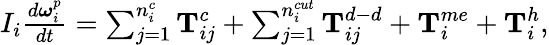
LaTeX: \begin{array}{r}{I_{i}\frac{d\boldsymbol\omega_{i}^{p}}{dt}=\sum_{j=1}^{n_{i}^{c}}{\textbf{T}_{ij}^{c}}+\sum_{j=1}^{n_{i}^{cut}}{\textbf{T}_{ij}^{d-d}}+\textbf{T}_{i}^{me}+\textbf{T}_{i}^{h},}\end{array}